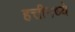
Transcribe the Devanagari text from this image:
हत्तीमध्ये